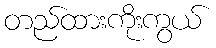
တည်ထားကိုးကွယ်